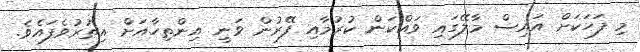
މި ފަހަކަށް އައިސް މާލޭގައި ވައްކަން ކުރުމާއި ފޭރުން ވަނީ އިންތިހާއަށް އިތުރުވެފައެވެ.